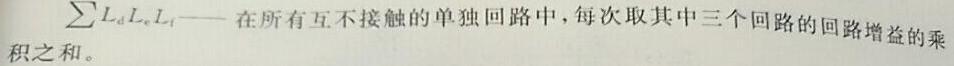
$\sum L_{d}L_{e}L_{f}$——在所有互不接触的单独回路中，每次取其中三个回路的回路增益的乘积之和。